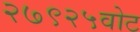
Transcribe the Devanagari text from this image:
२७९२५वोट